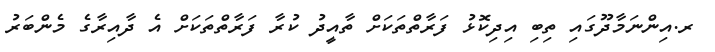
ރ.އިންނަމާދޫގައި ތިބި އިދިކޮޅު ފަރާތްތަކަށް ތާއީދު ކުރާ ފަރާތްތަކަށް އެ ދާއިރާގެ މެންބަރު